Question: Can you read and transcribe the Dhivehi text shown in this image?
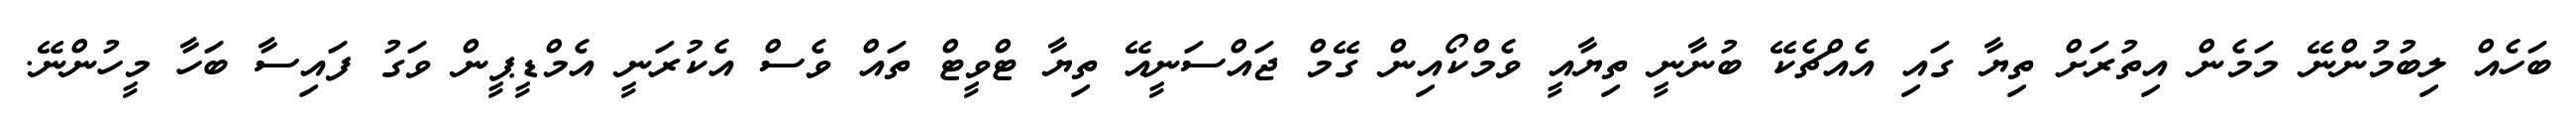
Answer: ބަހެއް ލިބުމުންނޭ މަމެން އިތުރަށް ތިޔާ ގައި އެއްޗެކޭ ބުނާނީ ތިޔާއީ ވެމްކޯއިން ގޭމް ޖައްސަނީއޭ ތިޔާ ޓްވީޓް ތައް ވެސް އެކުރަނީ އެމްޑީޕީން ވަގު ފައިސާ ބަހާ މީހުންނޭ.